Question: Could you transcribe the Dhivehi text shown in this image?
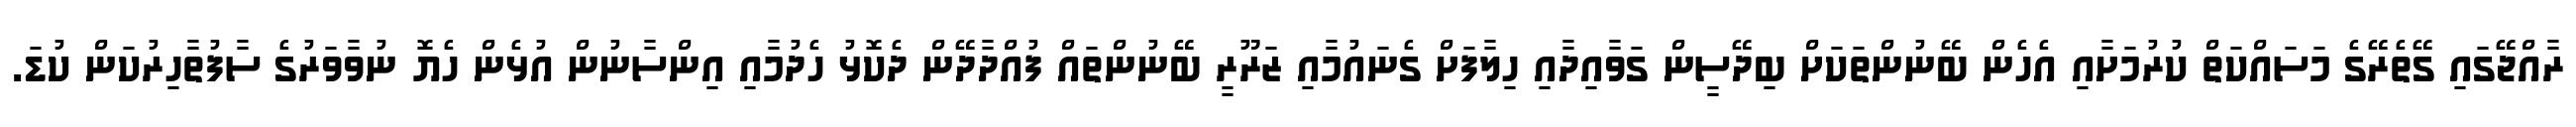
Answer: ރާއްޖޭގައި ގޭތެރޭގެ މަސައްކަތް ކުރުމަށާއި އެހެން ބޭނުންތަކަށް ބިދޭސީން ގަވާއިދާއި ހިލާފަށް ގެނައުމާއި ޒަރޫރީ ބޭނުންތައް ފުއްދާދޭން ދެކޮޅު ހެދުމާއި އިންސާނުން އުޅެން ހެޔޮ ނުވާވަރުގެ ސާފުތާހިރުކަން ކުޑަ.